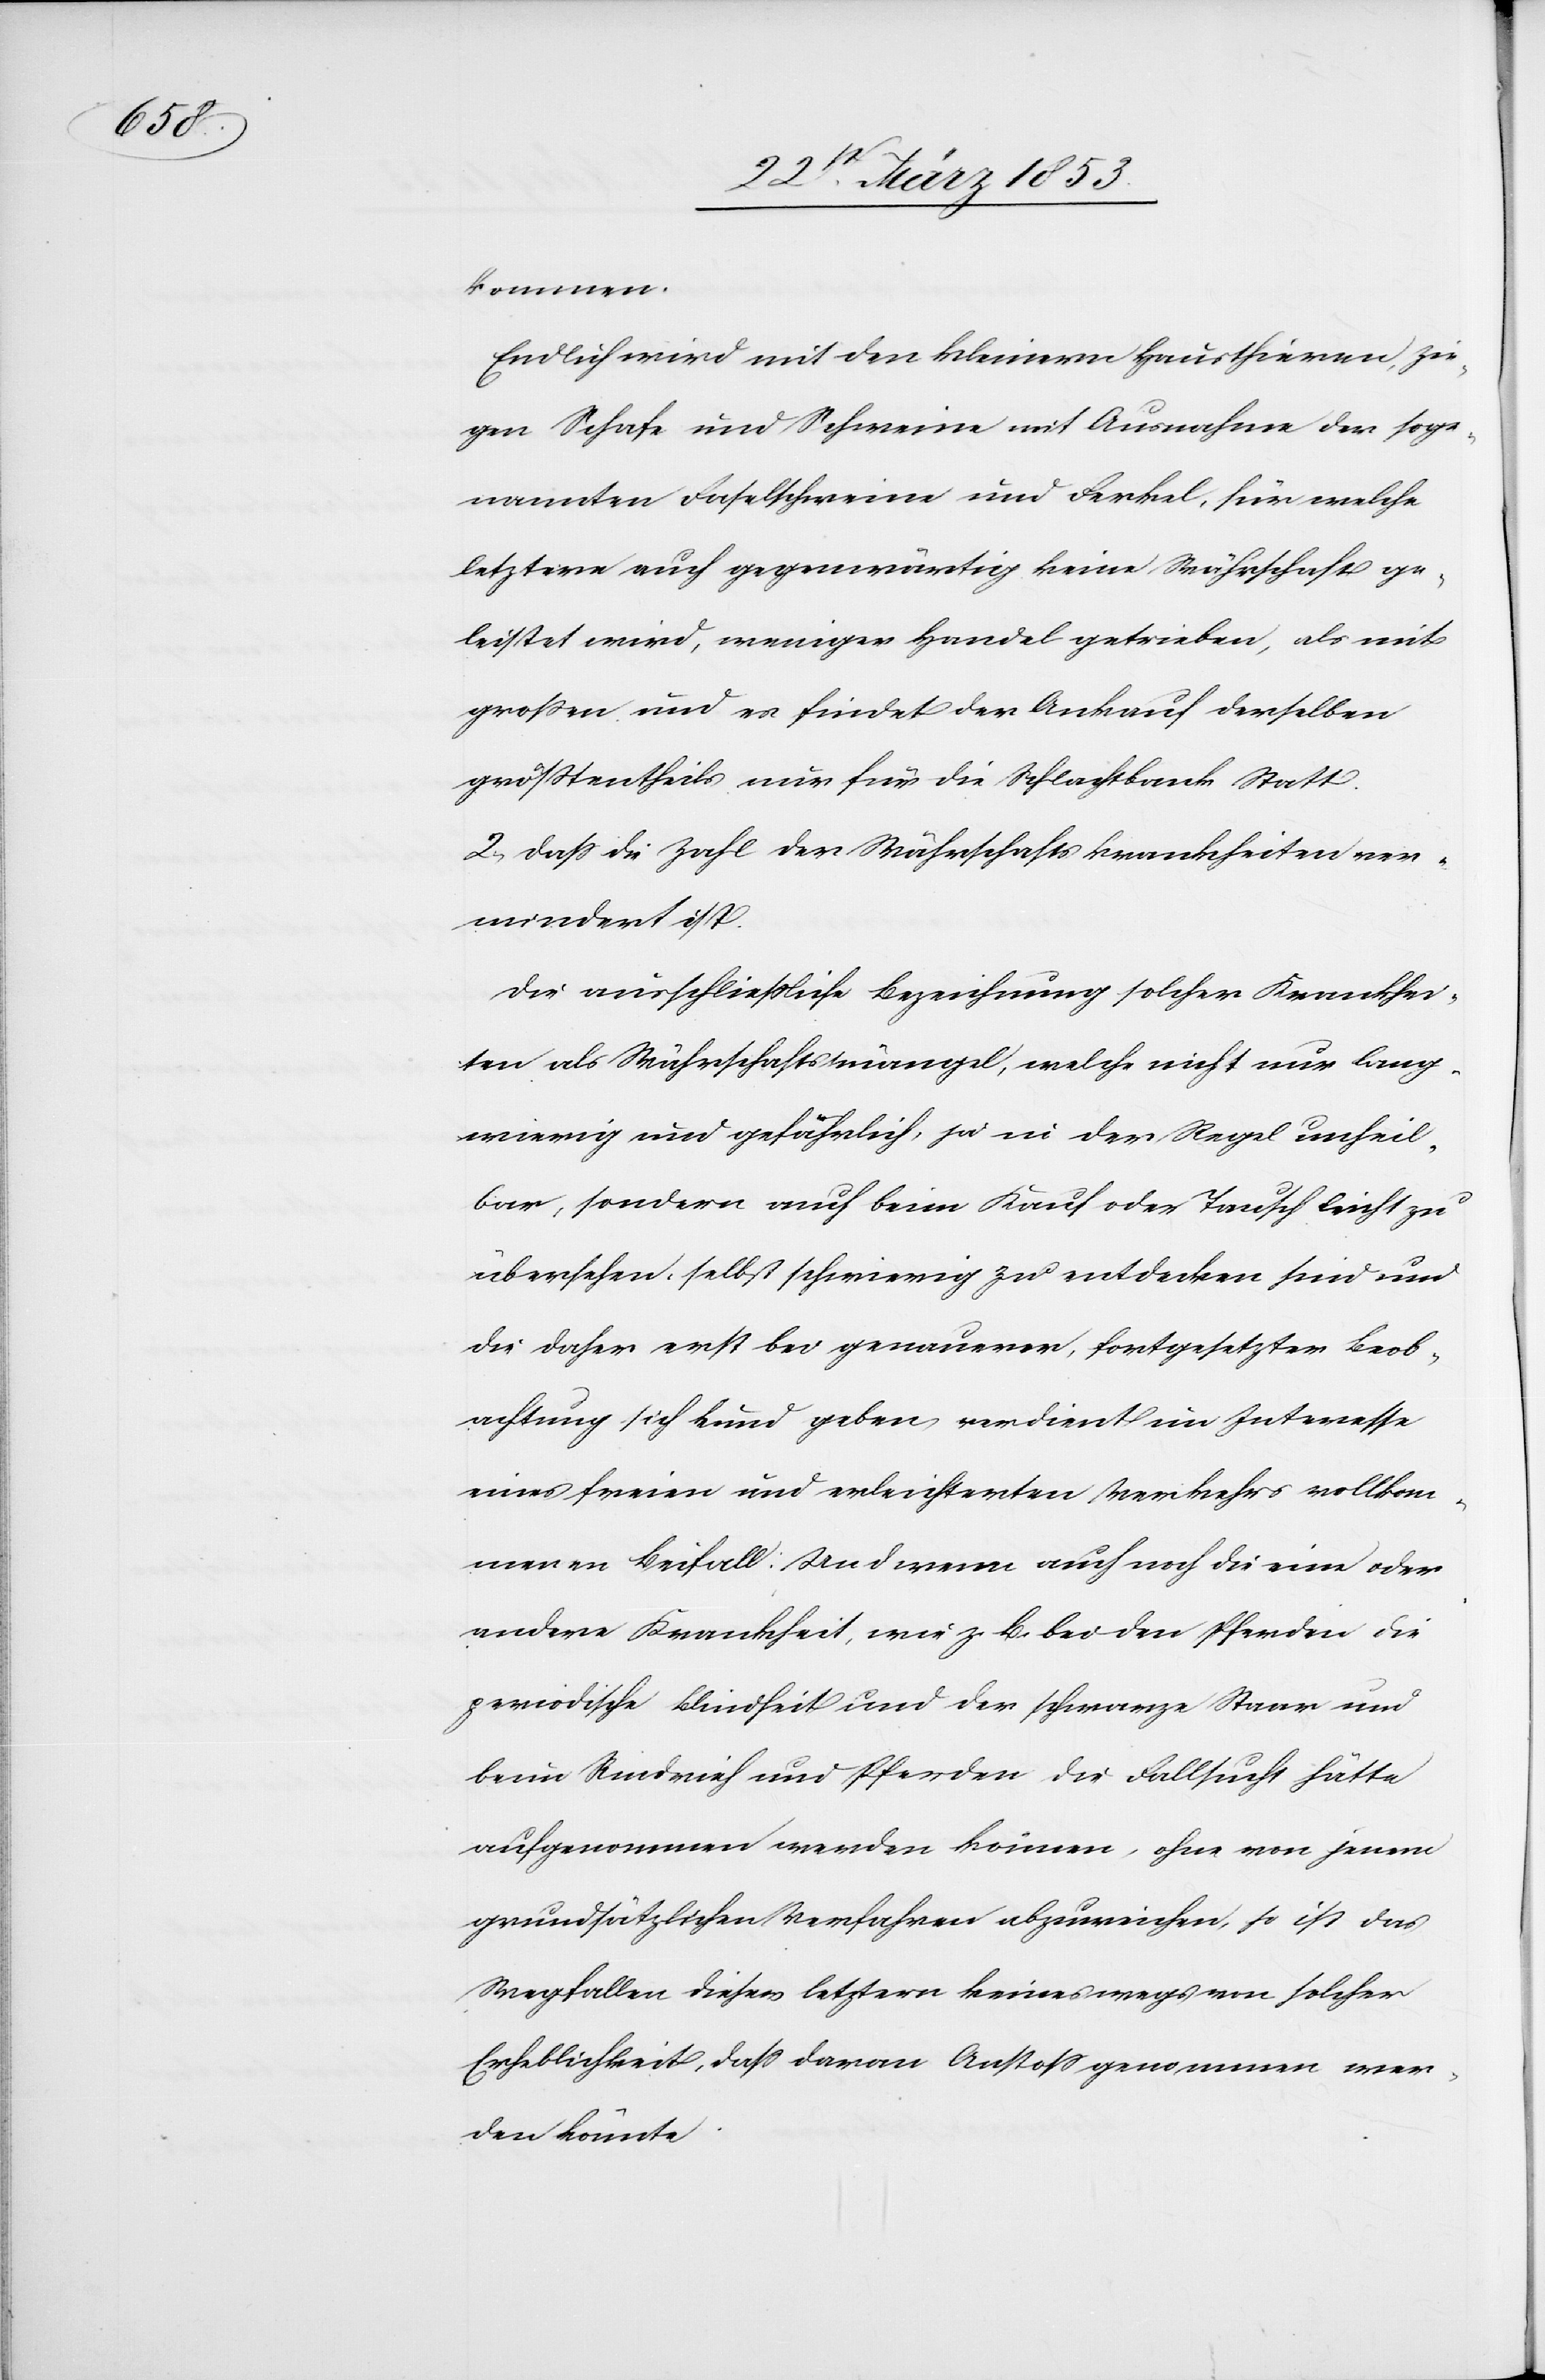
kommen.
Endlich wird mit den kleinern Hausthieren, Zie¬
gen Schafe und Schweine mit Ausnahmen der soge¬
nannten Faselschweine und Ferkel, für welche
letztere auch gegenwärtig keine Währschaft ge¬
leistet wird, weniger Handel getrieben, als mit
großen und es findet der Ankauf derselben
größtentheils nur für die Schlachtbank Statt.
2, daß die Zahl der Währschaftskrankheiten ver¬
mindert ist.
Die ausschließliche Bezeichnung solcher Krankhei¬
ten als Währschaftsmängel, welche nicht nur lang¬
wierig und gefährlich, ja in der Regel unheil¬
bar, sondern auch beim Kauf oder Tausch leicht zu
übersehen, selbst schwierig zu entdecken sind und
die daher erst bei genauerer, fortgesetzter Beob¬
achtung sich kund geben, verdient im Interesse
eines freien und erleichterten Verkehrs vollkom¬
menen Beifall. Und wenn auch noch die eine oder
andere Krankheit, wie z. B. bei den Pferden die
periodische Blindheit und der schwarze Staar und
beim Rindvieh und Pferden die Fallsucht hätte
aufgenommen werden können, ohne von jenem
grundsätzlichen Verfahren abzuweichen, so ist das
Wegfallen dieser letztern keineswegs von solcher
Erheblichkeit, daß davon Anstoß genommen wer¬
den könnte.